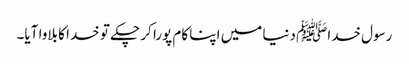
رسول خداﷺ دنیا میں اپنا کام پورا کر چکے تو خدا کا بلاوا آیا۔